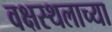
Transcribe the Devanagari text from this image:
वक्षस्थलाच्या